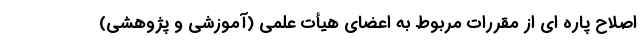
اصلاح پاره ای از مقررات مربوط به اعضای هیأت علمی (آموزشی و پژوهشی)